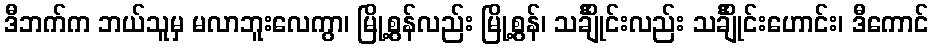
ဒီဘက်က ဘယ်သူမှ မလာဘူးလေကွာ၊ မြို့စွန်လည်း မြို့စွန်၊ သင်္ချိုင်းလည်း သင်္ချိုင်းဟောင်း၊ ဒီကောင်